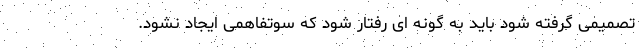
تصمیمی گرفته شود باید به گونه ای رفتار شود که سوتفاهمی ایجاد نشود.